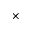
\times